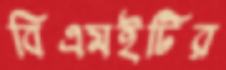
বিএমইটির